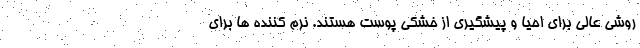
روشی عالی برای احیا و پیشگیری از خشکی پوست هستند. نرم کننده ها برای